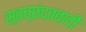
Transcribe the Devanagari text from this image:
स्वच्छंदतवादी